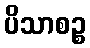
ပိသာစဉ္စ